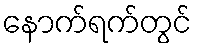
နောက်ရက်တွင်